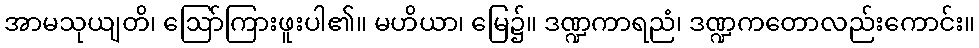
အာမသုယျတိ၊ ဩော်ကြားဖူးပါ၏။ မဟိယာ၊ မြေ၌။ ဒဏ္ဍကာရညံ၊ ဒဏ္ဍကတောလည်းကောင်း။